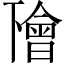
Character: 𠁚